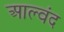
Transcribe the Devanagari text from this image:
आल्वंद